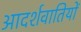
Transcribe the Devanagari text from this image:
आदर्शवातियों